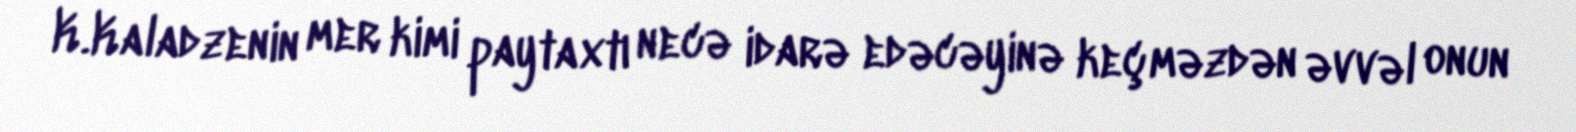
K.Kaladzenin mer kimi paytaxtı necə idarə edəcəyinə keçməzdən əvvəl onun